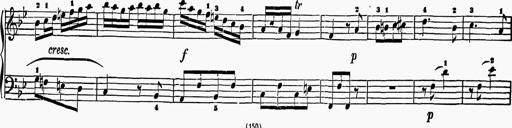
Title: 6 Sonatas
Composer: Muzio Clementi